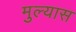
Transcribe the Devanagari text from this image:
मुल्यास